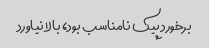
برخورد پیک نامناسب بود، بالا نیاورد